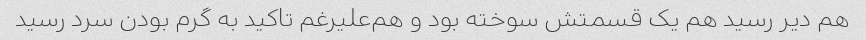
هم دیر رسید هم یک قسمتش سوخته بود و هم‌علیرغم تاکید به گرم بودن سرد رسید